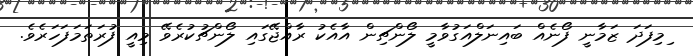
ިމިފަދަ ޒަމާނީ ފޯނެއް ބައިނަލްއަގުވާމީ ލޯންޗިން އާއެކު ރާއްޖޭގައި ލޯންޗުކުރެވޭ މިއީ ފުރަތަމަފަހަރެވެ.